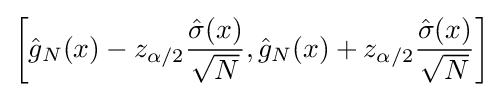
\left[{\hat {g}}_{N}(x)-z_{\alpha /2}{\frac {{\hat {\sigma }}(x)}{\sqrt {N}}},{\hat {g}}_{N}(x)+z_{\alpha /2}{\frac {{\hat {\sigma }}(x)}{\sqrt {N}}}\right]